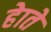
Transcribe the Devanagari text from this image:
हेाते